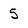
Character: 5